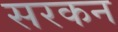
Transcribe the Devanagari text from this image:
सरकन